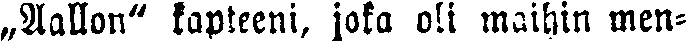
„Aallon" kapteeni, joka oli maihin men-